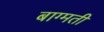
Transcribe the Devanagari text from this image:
बाग्मती